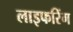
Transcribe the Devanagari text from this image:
लाइफरिंग